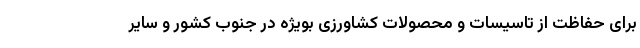
برای حفاظت از تاسیسات و محصولات کشاورزی بویژه در جنوب کشور و سایر